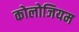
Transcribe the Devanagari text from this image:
कोलोजियम